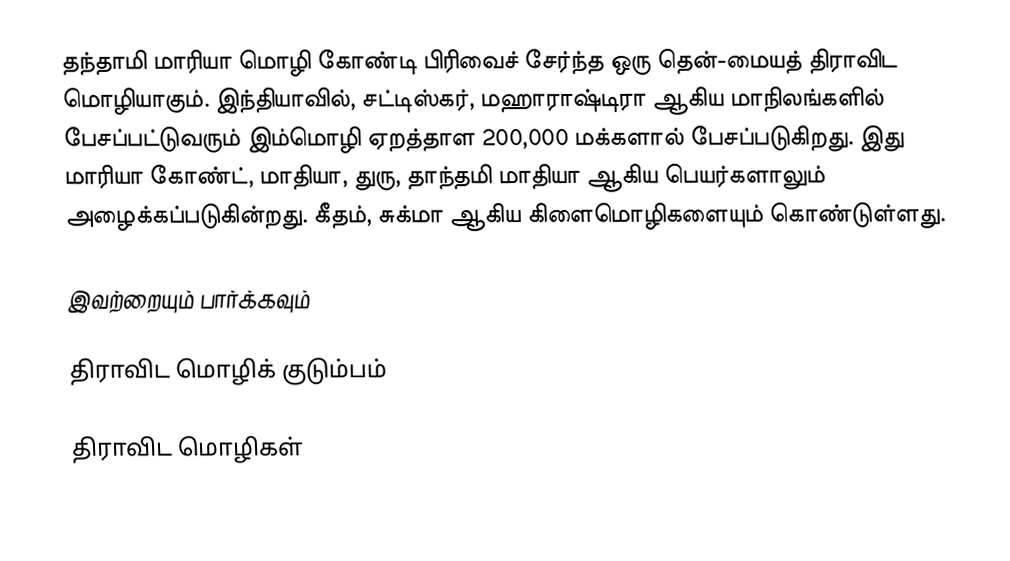
தந்தாமி மாரியா மொழி கோண்டி பிரிவைச் சேர்ந்த ஒரு தென்-மையத் திராவிட மொழியாகும். இந்தியாவில், சட்டிஸ்கர், மஹாராஷ்டிரா ஆகிய மாநிலங்களில் பேசப்பட்டுவரும் இம்மொழி ஏறத்தாள 200,000 மக்களால் பேசப்படுகிறது. இது மாரியா கோண்ட், மாதியா, துரு, தாந்தமி மாதியா ஆகிய பெயர்களாலும் அழைக்கப்படுகின்றது. கீதம், சுக்மா ஆகிய கிளைமொழிகளையும் கொண்டுள்ளது.

இவற்றையும் பார்க்கவும்

 திராவிட மொழிக் குடும்பம்

திராவிட மொழிகள்